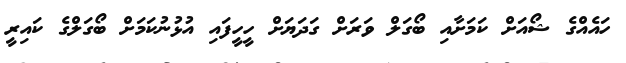
ހައެއްގެ ޝޯއަށް ކަމަށާއި ބޯގަލް ވަރަށް ގަދަޔަށް ހީހީފައި އުޅުނުކަމަށް ބޯގަލްގެ ކައިރީ